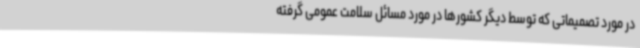
در مورد تصمیماتی که توسط دیگر کشورها در مورد مسائل سلامت عمومی گرفته